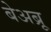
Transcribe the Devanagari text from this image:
बेअब्रू